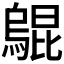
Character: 𤑎